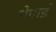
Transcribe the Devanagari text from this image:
शेपार्ड